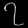
Digit: ၇